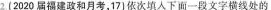
2(2020届福建政和月考，17]依次填人下面一段文字横线处的